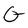
Character: Q